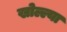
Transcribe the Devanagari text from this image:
खोल्ल्या